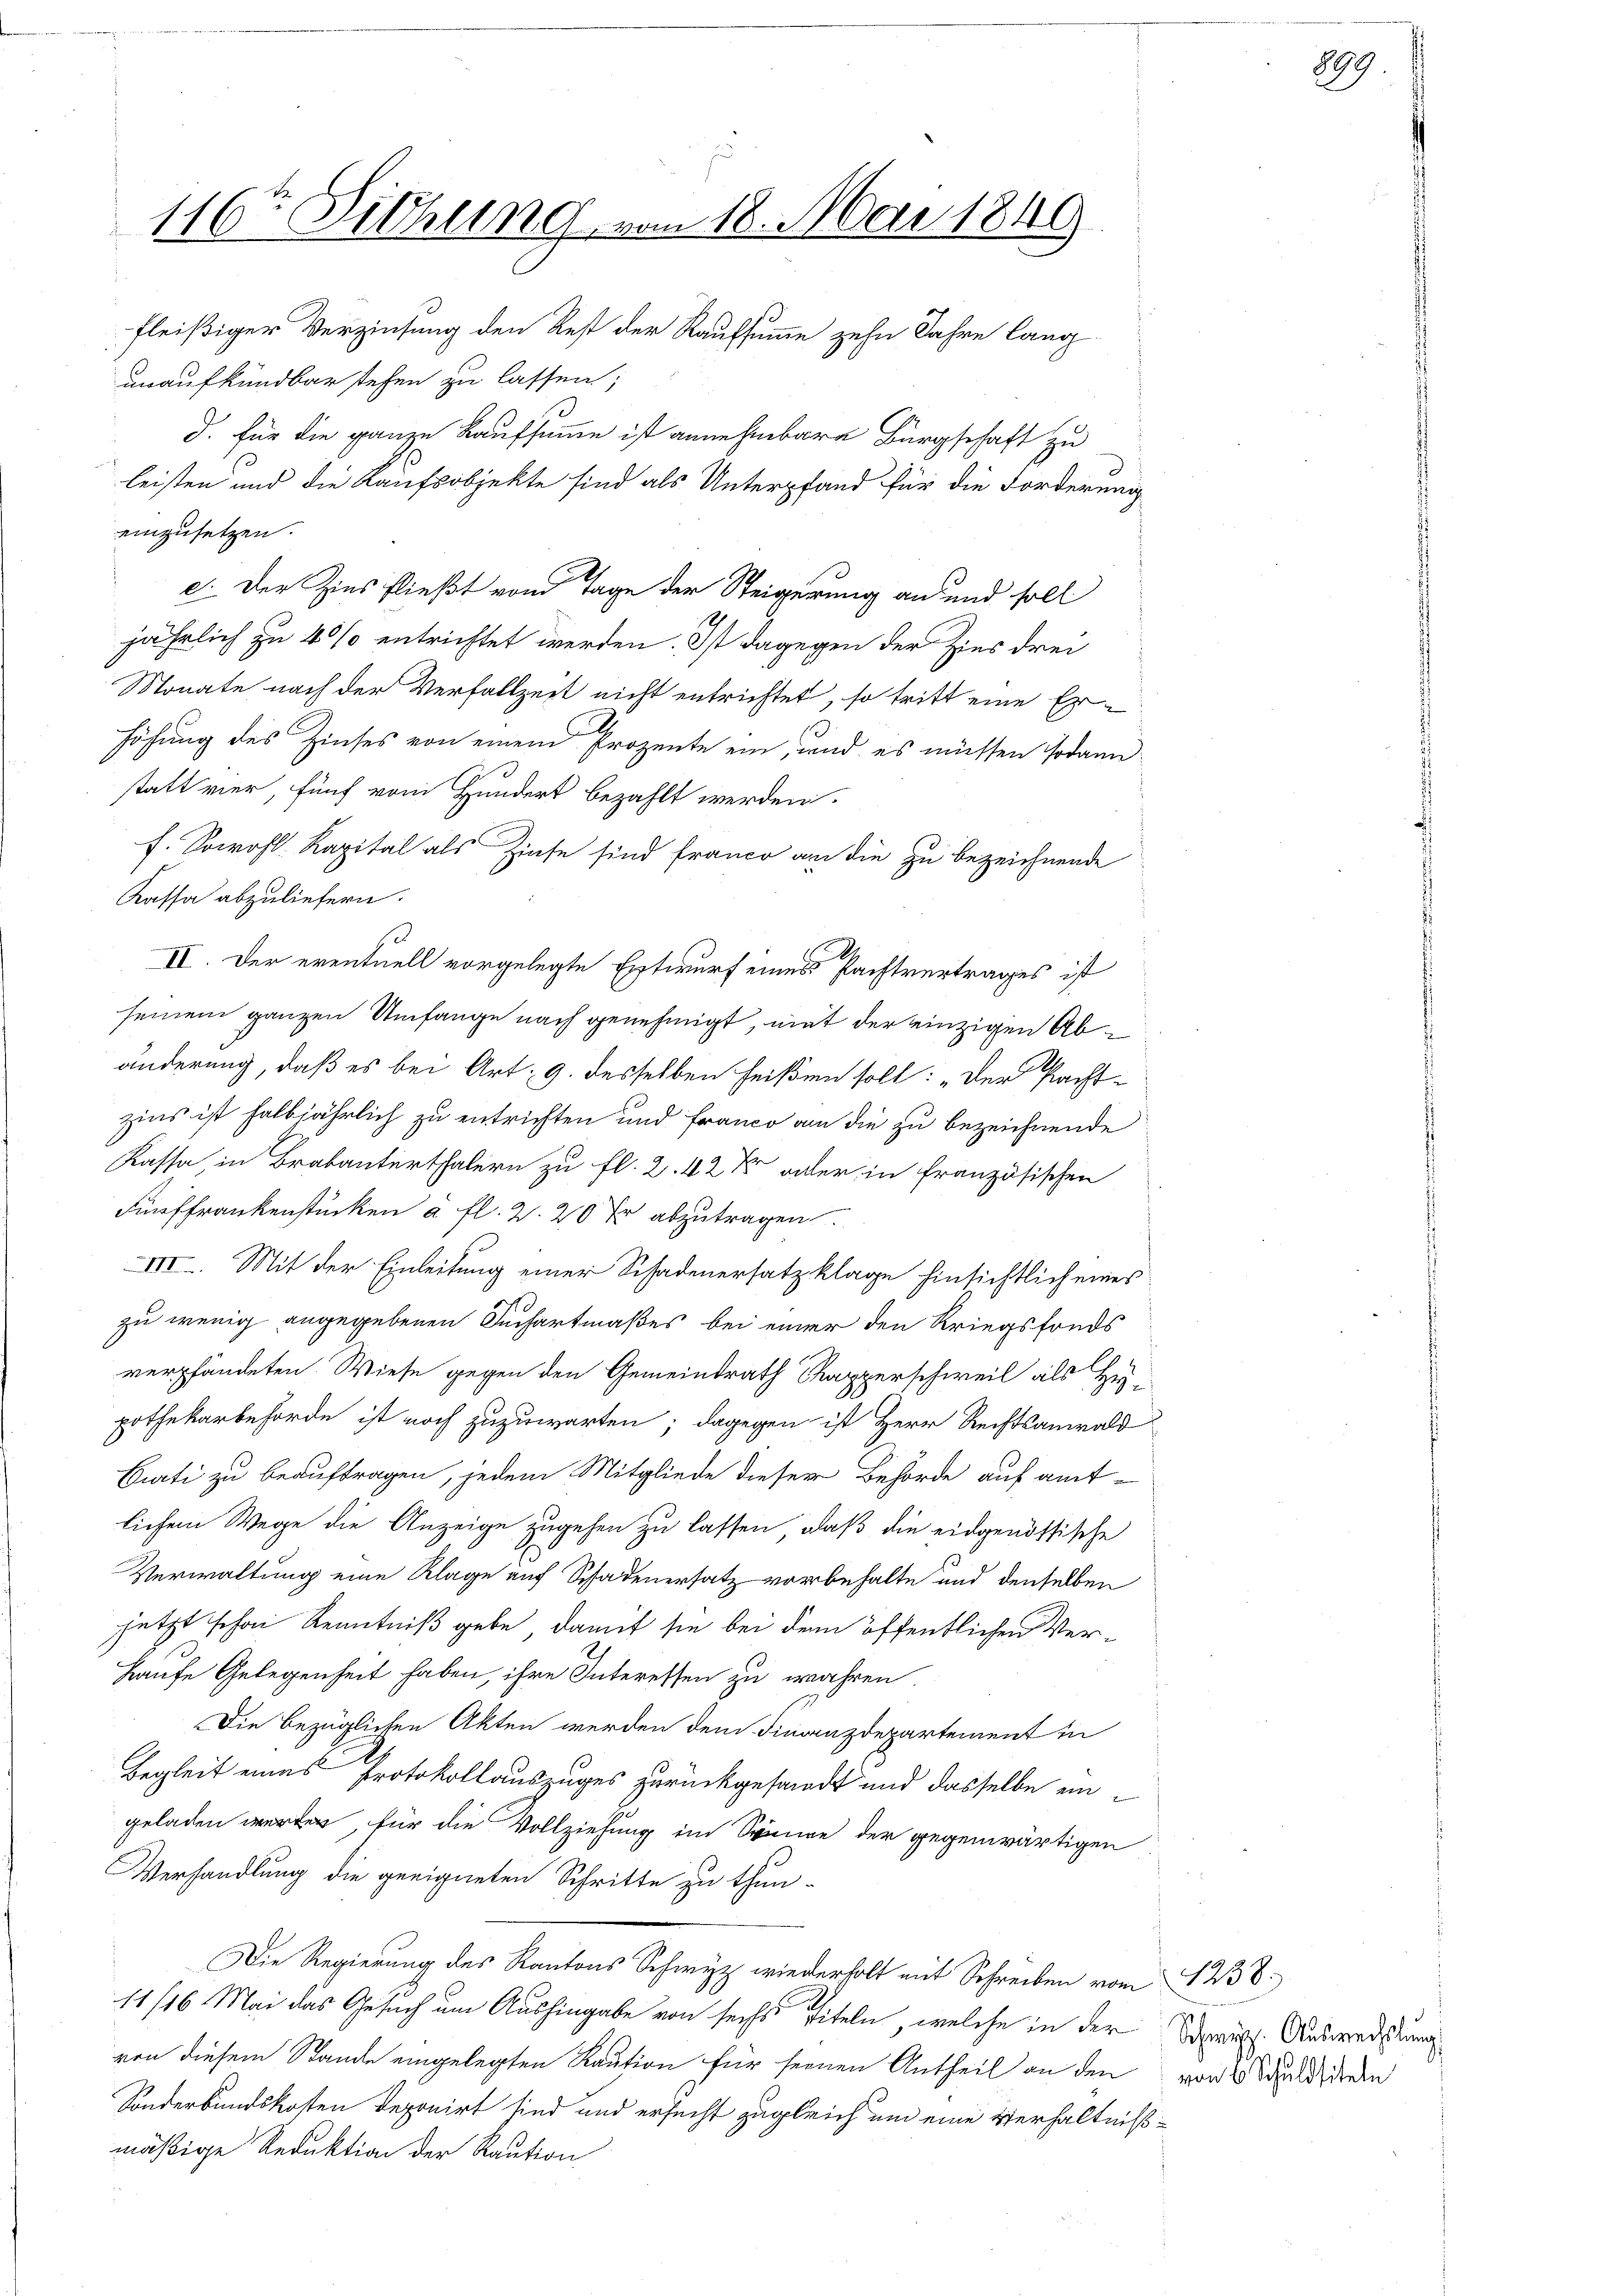
116ten Sitzung vom 18. Mai 1849

fleißiger Verzinsung den Rest der Kaufsumme zehn Jahre lang
unaufkündbar stehen zu lassen;
d. für die ganze Kaufsumme ist annehmbare Bürgschaft zu
leisten und die Kaufsobjekte sind als Unterpfand für die Forderung
einzusetzen.
e. Der Zins fließt vom Tage der Steigerung an und soll
jährlich zu 40% entrichtet werden. Ist dagegen der hies drei
Monate nach der Verfallzeit nicht entrichtet, so tritt eine Erhöhung des Zinses von einem Prozente ein, und es müssen sodann
statt vier, fünf vom Hundert bezahlt werden.
f. Sowohl Kapital als Zinse sind france an die zu bezeichnende
Kassa abzuliefern.
III. Der eventuell vorgelegte Entwurf eines Pachtvertrages ist
seinem ganzen Umfange nach genehmigt, mit der einzigen Abänderung, daß es bei Art. 9. desselben heißen soll: „Der Pacht-
zins ist halbjährlich zu entrichten und Franco am die zu bezeichnende
Kassa, in Brabanterthalern zu fl. 2. 42 Xr oder in französischen
Fünffrankenstücken à fl. 2. 20 Xr abzutragen.
VII. Mit der Einleitung einer Schadenersatzklage hinsichtlich eines
zu wenig angegebenen Juchartmaßes bei einer den Kriegsfonds
verpfändeten. Wiese gegen den Gemeindrath Rapperschweil als Hypothekarbehörde ist noch zuzuwarten; dagegen ist Herr Rechtsanwald
Curti zu beauftragen, jedem Mitgliede dieser Behörde auf amt-
lichem Wege die Anzeige zugehen zu lassen, daß die eidgenössische
Verwaltung eine Klage auf Schadenersatz vorbehalte und denselben
jetzt schon Kenntniß gebe, damit sie bei dem öffentlichen Ver¬
Haufe Gelegenheit haben, ihre Interessen zu wahren.
Die bezüglichen Akten werden dem Finanzdepartement in
Begleit eines Protokollauszuges zurückgesandt und dasselbe ungeladen werden, für die Vollziehung im Sommen der gegenwärtigen
Verhandlung die geeigneten Schritte zu thun.
Die Regierung des Kantons Schwyz wiederholt mit Schreiben vom 1238.
11/16 Mai das Gesuch um Aushingabe von sechs Titeln, welche in der Spruch. Ausweisung
von diesem Stande eingelegten Kaution für seinen Antheil an den von 2 S deden
Sonderbundskosten Deponirt sind und ersucht zugleich um eine Verhältnißmäßige Reduktion der Raution

899.